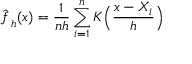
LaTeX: { \hat { f \, } } _ { h } ( x ) = { \frac { 1 } { n h } } \sum _ { i = 1 } ^ { n } K { \Big ( } { \frac { x - X _ { i } } { h } } { \Big ) }